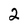
Character: 2